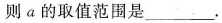
则a的取值范围是___ 。